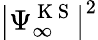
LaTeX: \big|\Psi_{\infty}^{\mathrm{~K~S~}}\big|^{2}